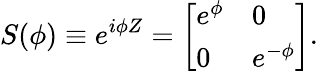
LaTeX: S(\phi)\equiv e^{i\phi Z}=\left[\begin{array}{ll}{e^{\phi}}&{0}\\ {0}&{e^{-\phi}}\end{array}\right].